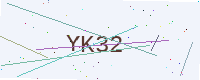
Text: YK32